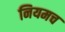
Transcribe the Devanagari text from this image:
नियमच